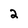
Character: 2